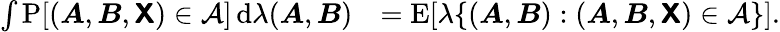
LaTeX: \begin{array}{rl}{\int\operatorname{P}[({\boldsymbol{A}},{\boldsymbol{B}},{\boldsymbol{\mathsf{X}}})\in\mathcal{A}]\, \mathrm d\lambda({\boldsymbol{A}},{\boldsymbol{B}})}&{=\operatorname{E}[\lambda\{ ({\boldsymbol{A}},{\boldsymbol{B}}):({\boldsymbol{A}},{\boldsymbol{B}},{\boldsymbol{\mathsf{X}}})\in\mathcal{A}\} ].}\end{array}